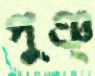
পুঞ্